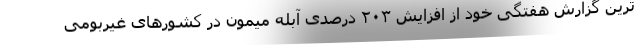
ترین گزارش هفتگی خود از افزایش ۲۰۳ درصدی آبله میمون در کشورهای غیربومی